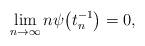
LaTeX: \begin{align*}\lim_{n \to \infty} n \psi\big(t_n^{-1}\big) = 0,\end{align*}